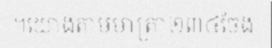
។យោងតាមមាត្រា២៣៤ចែង